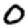
Digit: 0